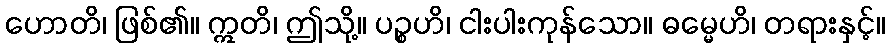
ဟောတိ၊ ဖြစ်၏။ ဣတိ၊ ဤသို့။ ပဉ္စဟိ၊ ငါးပါးကုန်သော။ ဓမ္မေဟိ၊ တရားနှင့်။